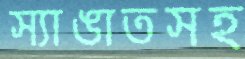
স্যাঙাতসহ